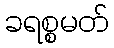
ခရစ္စမတ်